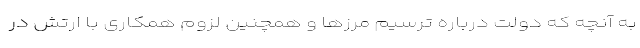
به آنچه که دولت درباره ترسیم مرزها و همچنین لزوم همکاری با ارتش در